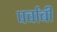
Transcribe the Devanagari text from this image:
पर्वाबी